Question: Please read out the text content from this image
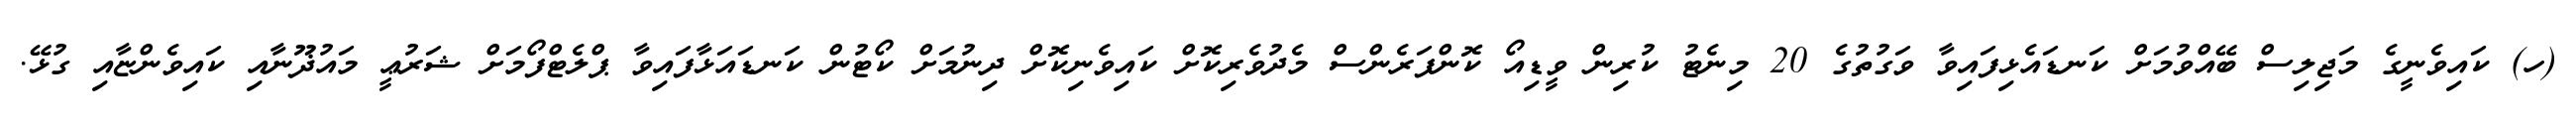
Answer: (ހ) ކައިވެނީގެ މަޖިލިސް ބޭއްވުމަށް ކަނޑައެޅިފައިވާ ވަގުތުގެ 20 މިނެޓު ކުރިން ވީޑިއޯ ކޮންފަރެންސް މެދުވެރިކޮށް ކައިވެނިކޮށް ދިނުމަށް ކޯޓުން ކަނޑައަޅާފައިވާ ޕްލެޓްފޯމަށް ޝަރުޢީ މައުޛޫނާއި ކައިވެންޏާއި ގުޅޭ.